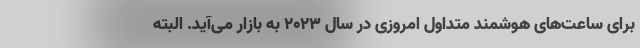
برای ساعت‌های هوشمند متداول امروزی در سال 2023 به بازار می‌آید. البته